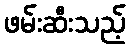
ဖမ်းဆီးသည့်